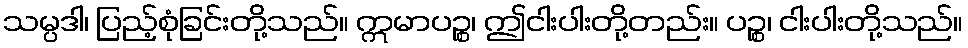
သမ္ပဒါ၊ ပြည့်စုံခြင်းတို့သည်။ ဣမာပဉ္စ၊ ဤငါးပါးတို့တည်း။ ပဉ္စ၊ ငါးပါးတို့သည်။